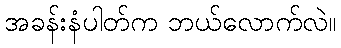
အခန်းနံပါတ်က ဘယ်လောက်လဲ။